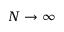
N \to \infty